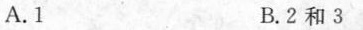
A.1 B.2和3